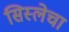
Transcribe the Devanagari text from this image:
सिस्लेचा